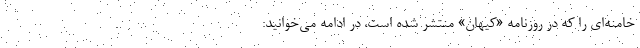
خامنه‌ای را که در روزنامه «کیهان» منتشر شده است، در ادامه می‌خوانید: